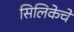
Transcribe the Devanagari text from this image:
सिलिकेचे